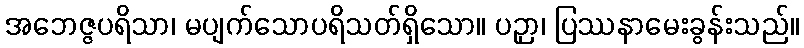
အဘေဇ္ဇပရိသာ၊ မပျက်သောပရိသတ်ရှိသော။ ပဉှာ၊ ပြဿနာမေးခွန်းသည်။